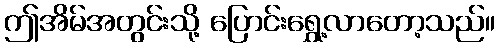
ဤအိမ်အတွင်းသို့ ပြောင်းရွှေ့လာတော့သည်။